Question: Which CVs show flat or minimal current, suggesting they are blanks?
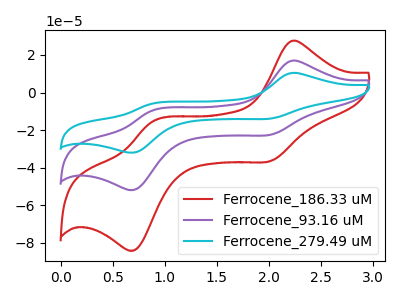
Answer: <think>The red curve "Ferrocene_186.33 uM" has anodic peaks at (2.20V, 27.40uA) (0.90V, -15.40uA) and cathodic peaks at (2.00V, -36.35uA) (0.70V, -83.85uA). The purple curve "Ferrocene_93.16 uM" has anodic peaks at (2.20V, 16.90uA) (0.90V, -9.50uA) and cathodic peaks at (2.00V, -22.40uA) (0.70V, -51.70uA). The cyan curve "Ferrocene_279.49 uM" has anodic peaks at (2.20V, 33.80uA) (0.90V, -19.00uA) and cathodic peaks at (2.00V, -44.85uA) (0.70V, -103.40uA).</think>
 <answer>There are not any CV's on this graph that are likely to be blanks.</answer>
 <eval>none</eval>